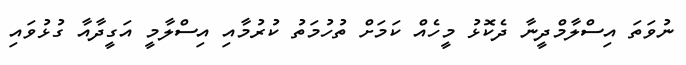
ނުވަތަަ އިސްލާމްދީނާ ދެކޮޅު މީހެއް ކަމަށް ތުހުމަތު ކުރުމާއި އިސްލާމީ އަގީދާއާ ގުޅުވައި